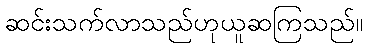
ဆင်းသက်လာသည်ဟုယူဆကြသည်။